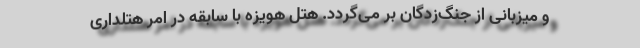
و میزبانی از جنگ‌زدگان بر می‌گردد. هتل هویزه با سابقه در امر هتلداری